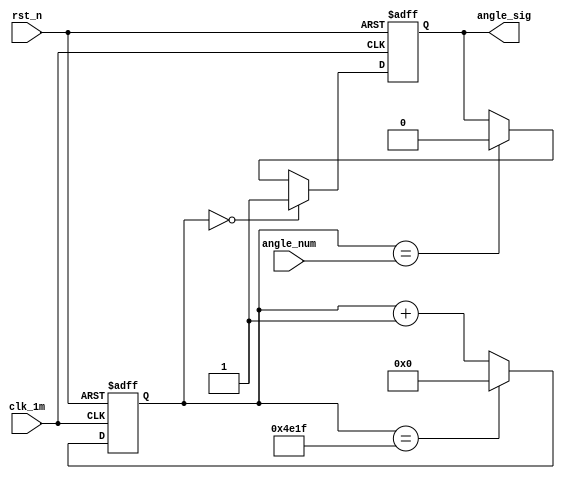
`timescale 1ns / 1ps
//////////////////////////////////////////////////////////////////////////////////
// Company: 
// Engineer: 
// 
// Design Name: 
// Module Name: servo
// Project Name: 
// Target Devices: 
// Tool Versions: 
// Description: 
// 
// Dependencies: 
// 
// Revision:
// Revision 0.01 - File Created
// Additional Comments:
// 
//////////////////////////////////////////////////////////////////////////////////


module servo(
input                   clk_1m,
input                   rst_n,
input           wire [31:0] angle_num,
output           reg       angle_sig

    );
reg [31:0] pwm_cnt;    
    always@(posedge clk_1m or negedge rst_n)begin
    if(!rst_n)
        pwm_cnt <= 32'd0;
        else  if(pwm_cnt == 32'd19_999) pwm_cnt <= 32'd0;
        else pwm_cnt <= pwm_cnt + 1'b1;
        end
        

    always@(posedge clk_1m or negedge rst_n)begin
    if(!rst_n)
       angle_sig <= 1'b0;
        else if(pwm_cnt == 0) angle_sig <= 1'b1;
        else if(pwm_cnt == angle_num)angle_sig <= 1'b0;
        end
endmodule